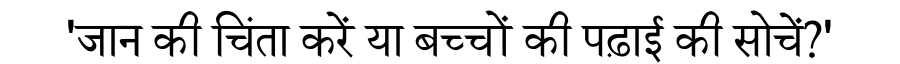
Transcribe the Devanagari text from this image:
'जान की चिंता करें या बच्चों की पढ़ाई की सोचें?'